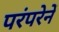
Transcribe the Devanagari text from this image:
परंपरेनें